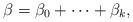
LaTeX: \begin{align*}\beta=\beta_0+\cdots+\beta_k,\end{align*}